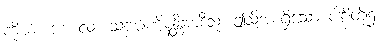
ကိုယ်။ ဒဒ။ လ။ သဗ္ဗပါဏိနန္တိအာဒီသု၊ ဤသို့အစရှိသော ပါဠိတို့၌။